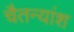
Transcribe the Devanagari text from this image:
चैतन्यांश